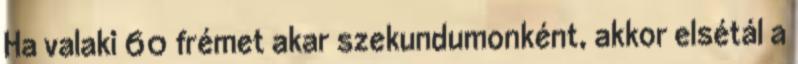
Ha valaki 60 frémet akar szekundumonként, akkor elsétál a